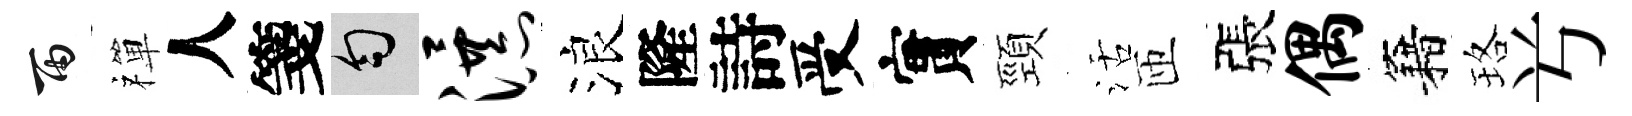
雨禪人箋匀瀑浪隆詩受實頸活匝張偶籍珞𠔃